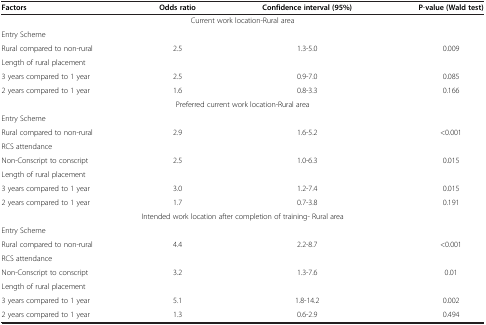
<table><thead><tr><td><b>Factors</b></td><td><b>Odds ratio</b></td><td><b>Confidence interval (95%)</b></td><td><b>P-value (Wald test)</b></td></tr></thead><tbody><tr><td colspan="4">Current work location-Rural area</td></tr><tr><td>Entry Scheme</td><td> </td><td> </td><td> </td></tr><tr><td>Rural compared to non-rural</td><td>2.5</td><td>1.3-5.0</td><td>0.009</td></tr><tr><td>Length of rural placement</td><td> </td><td> </td><td> </td></tr><tr><td>3 years compared to 1 year</td><td>2.5</td><td>0.9-7.0</td><td>0.085</td></tr><tr><td>2 years compared to 1 year</td><td>1.6</td><td>0.8-3.3</td><td>0.166</td></tr><tr><td colspan="4">Preferred current work location-Rural area</td></tr><tr><td>Entry Scheme</td><td> </td><td> </td><td> </td></tr><tr><td>Rural compared to non-rural</td><td>2.9</td><td>1.6-5.2</td><td>&lt;0.001</td></tr><tr><td>RCS attendance</td><td> </td><td> </td><td> </td></tr><tr><td>Non-Conscript to conscript</td><td>2.5</td><td>1.0-6.3</td><td>0.015</td></tr><tr><td>Length of rural placement</td><td> </td><td> </td><td> </td></tr><tr><td>3 years compared to 1 year</td><td>3.0</td><td>1.2-7.4</td><td>0.015</td></tr><tr><td>2 years compared to 1 year</td><td>1.7</td><td>0.7-3.8</td><td>0.191</td></tr><tr><td colspan="4">Intended work location after completion of training- Rural area</td></tr><tr><td colspan="4">Entry Scheme</td></tr><tr><td>Rural compared to non-rural</td><td>4.4</td><td>2.2-8.7</td><td>&lt;0.001</td></tr><tr><td>RCS attendance</td><td> </td><td> </td><td> </td></tr><tr><td>Non-Conscript to conscript</td><td>3.2</td><td>1.3-7.6</td><td>0.01</td></tr><tr><td>Length of rural placement</td><td> </td><td> </td><td> </td></tr><tr><td>3 years compared to 1 year</td><td>5.1</td><td>1.8-14.2</td><td>0.002</td></tr><tr><td>2 years compared to 1 year</td><td>1.3</td><td>0.6-2.9</td><td>0.494</td></tr></tbody></table>